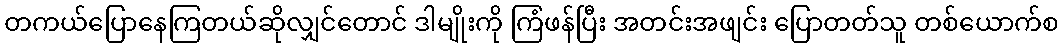
တကယ်ပြောနေကြတယ်ဆိုလျှင်တောင် ဒါမျိုးကို ကြံဖန်ပြီး အတင်းအဖျင်း ပြောတတ်သူ တစ်ယောက်စ